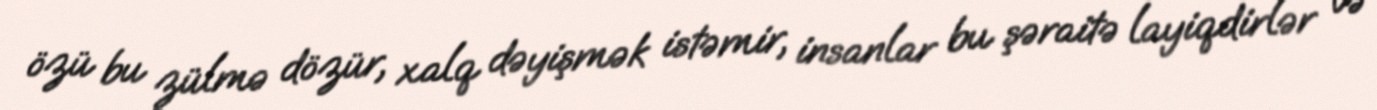
özü bu zülmə dözür, xalq dəyişmək istəmir, insanlar bu şəraitə layiqdirlər və